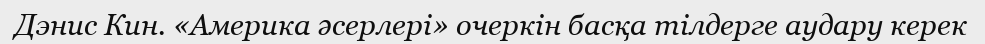
Дэнис Кин. «Америка әсерлері» очеркін басқа тілдерге аудару керек